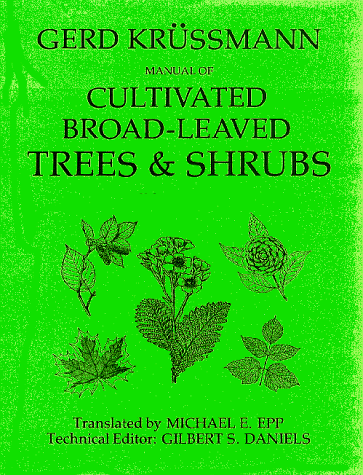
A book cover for Manual of Cultivated Broad-Leaved Trees and Shrubs, Vol. 2: E-Pro; Gerd Krussmann; Crafts, Hobbies & Home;